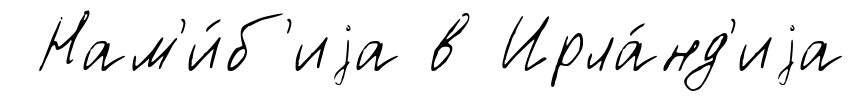
Нам'и́б'иjа в Ирла́нд'иjа